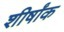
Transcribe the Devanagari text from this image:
शीर्षांक